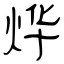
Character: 烨